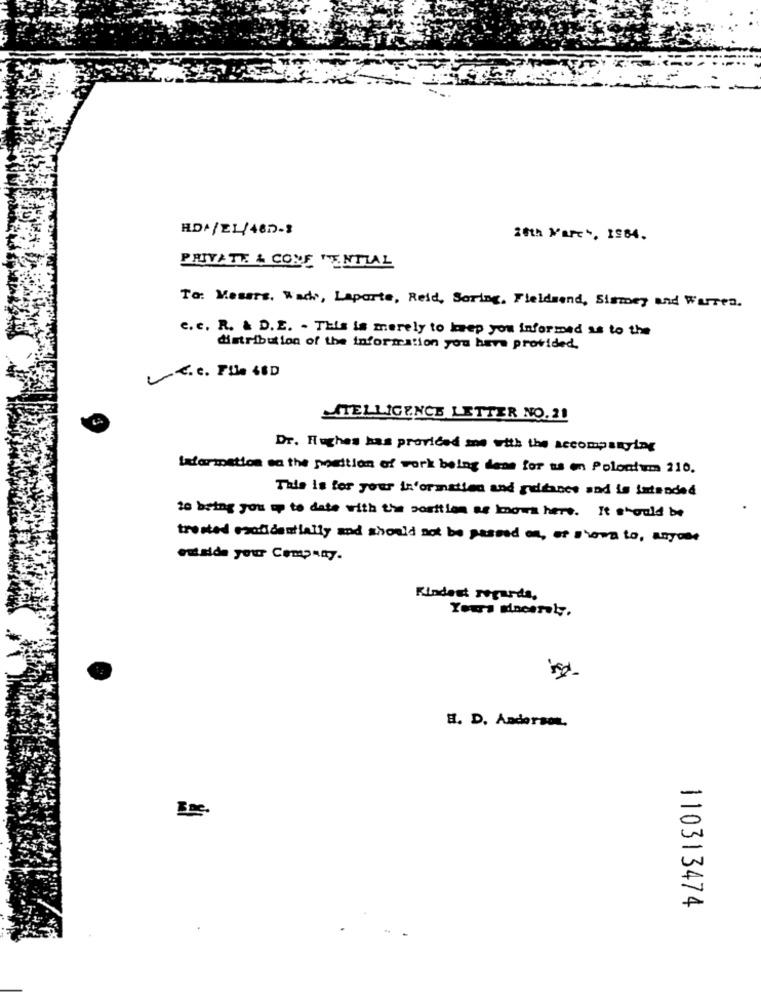
HDA/EL/48D-3
20th March, 1984.
PRIVATE & CONE TENTIAL
To: Mesers. Wadi, Laparte, Reid, Soring, Fieldsend, Sismey and Warren.
c. c. R. & D.E. - This is merely to keep you informed as to the
distribution of the information you have provided,
MSTELLIGENCE LETTER NO. 21
Dr. Hughes has provided me with the accompanying
Information sa the position of work being dese for us en Polonium 210.
Tale is for your information and guidance and is intended
is being you up to date with the position as knows here. It should be
trusted esoidentially and should not be passed on, of showa to, anyuse
outside your Company.
Kindest regards,
H. D. Anderson,
Enc.
110313474